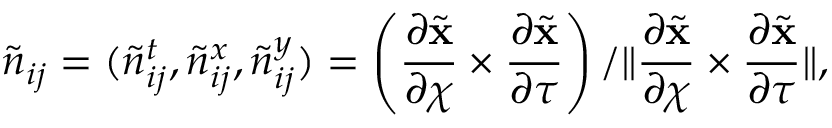
\widetilde { \boldsymbol { n } } _ { i j } = ( \tilde { n } _ { i j } ^ { t } , \tilde { n } _ { i j } ^ { x } , \tilde { n } _ { i j } ^ { y } ) = \left( \frac { \partial \widetilde { \mathbf { x } } } { \partial \chi } \times \frac { \partial \widetilde { \mathbf { x } } } { \partial \tau } \right) / \| \frac { \partial \widetilde { \mathbf { x } } } { \partial \chi } \times \frac { \partial \widetilde { \mathbf { x } } } { \partial \tau } \| ,